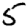
Digit: 5